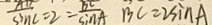
\frac { A D } { \sin C } = 2 = \frac { B C } { \sin A } B C = 2 \sin A